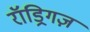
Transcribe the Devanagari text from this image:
रॉड्रिगज़